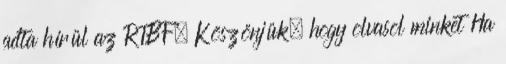
adta hírül az RTBF. Köszönjük, hogy olvasol minket Ha